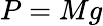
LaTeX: P=Mg